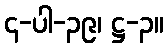
၄-ပါ-၃၉၊ ဋ္ဌ-၃။